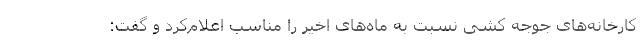
کارخانه‌های جوجه کشی نسبت به ماه‌های اخیر را مناسب اعلام‌کرد و گفت: